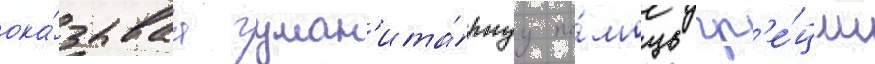
ока́зываа гуман'ита́рнуу по́мощь гр'е́ции